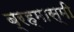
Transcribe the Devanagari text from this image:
ब्रह्मास्मी